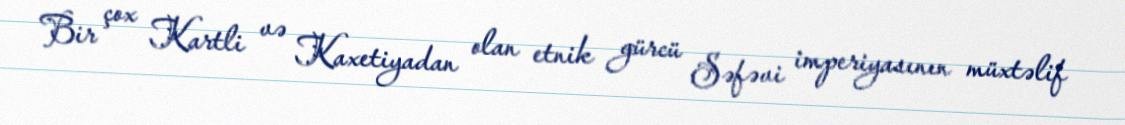
Bir çox Kartli və Kaxetiyadan olan etnik gürcü Səfəvi imperiyasının müxtəlif